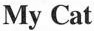
My Cat